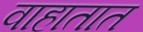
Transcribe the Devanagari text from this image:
वाहातात